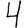
Digit: 4